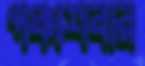
পঞ্চাশবার